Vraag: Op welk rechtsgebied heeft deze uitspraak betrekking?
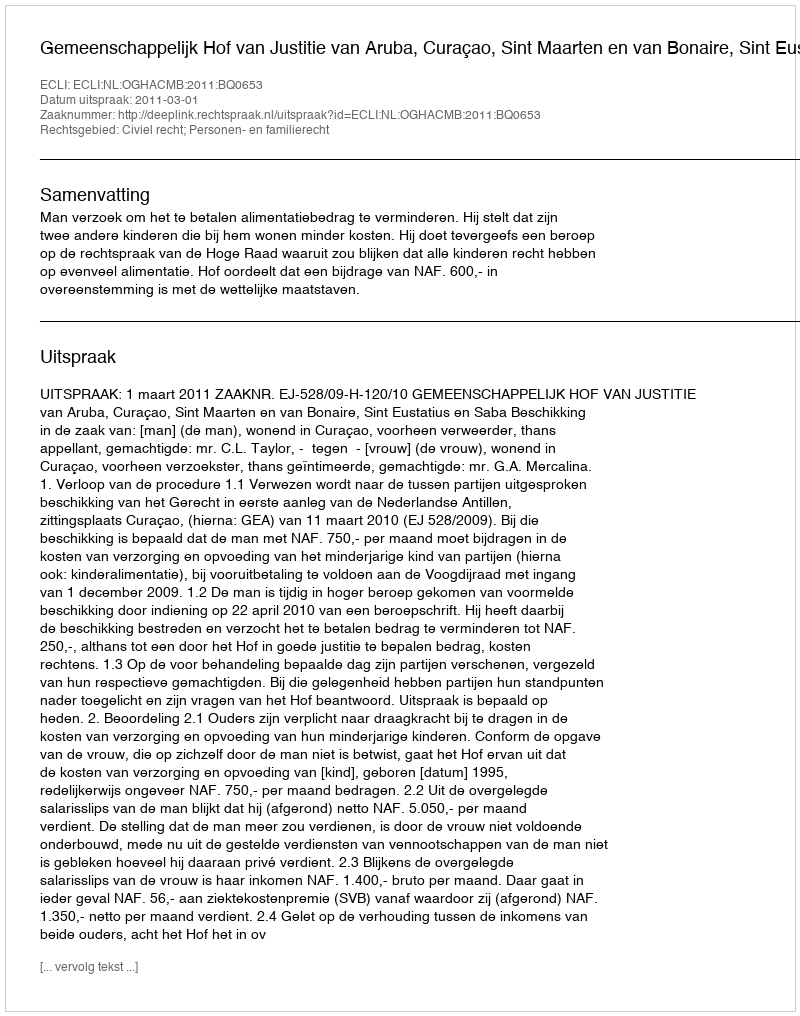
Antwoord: Civiel recht; Personen- en familierecht